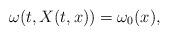
LaTeX: \begin{align*}\omega(t,X(t,x))=\omega_0(x),\end{align*}